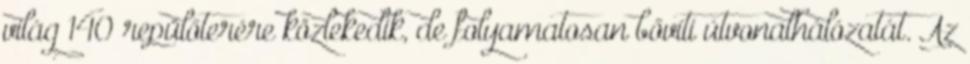
világ 140 repülőterére közlekedik, de folyamatosan bővíti útvonalhálózatát. Az